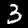
Digit: 3